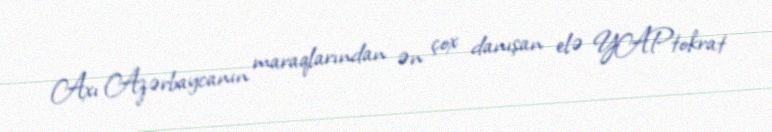
Axı Azərbaycanın maraqlarından ən çox danışan elə YAPtokrat